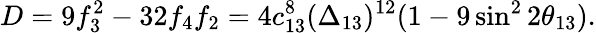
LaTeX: D=9f_{3}^{2}-32f_{4}f_{2}=4c_{13}^{8}(\Delta_{13})^{12}(1-9\sin^{2}2\theta_{13}).